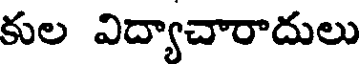
కుల విద్యాచారాదులు